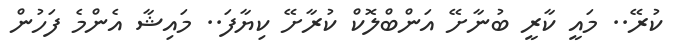
ކުރޭ.. މައީ ކާރީ ބުނާށޭ އަންބްލޮކް ކުރާށޭ ކިޔާފަ.. މައިޝާ އެންމެ ފަހުން